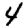
Digit: 4